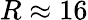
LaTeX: R\approx 16